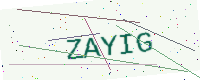
Text: ZAYIG